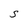
Character: S